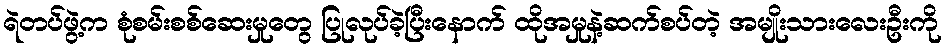
ရဲတပ်ဖွဲ့က စုံစမ်းစစ်ဆေးမှုတွေ ပြုလုပ်ခဲ့ပြီးနောက် ထိုအမှုနဲ့ဆက်စပ်တဲ့ အမျိုးသားလေးဦးကို